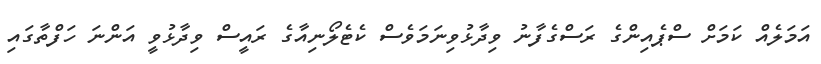
އަމަލެއް ކަމަށް ސްޕެއިންގެ ރަސްގެފާނު ވިދާޅުވިނަމަވެސް ކެޓެލޯނިއާގެ ރައީސް ވިދާޅުވީ އަންނަ ހަފްތާގައި